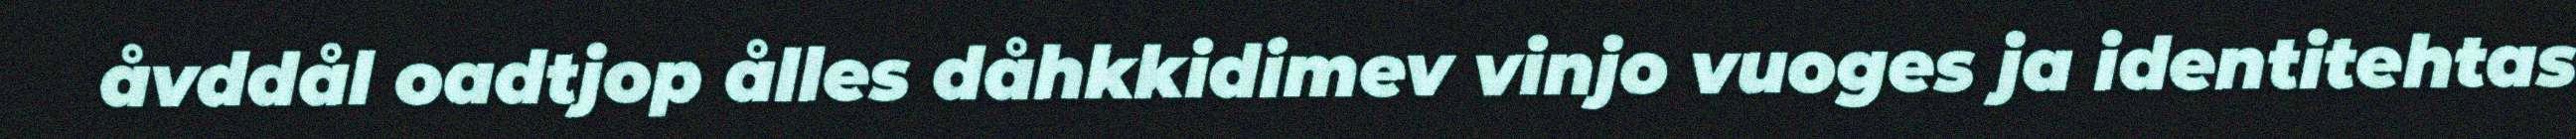
åvddål oadtjop ålles dåhkkidimev vinjo vuoges ja identitehtas